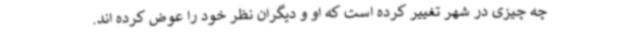
چه چیزی در شهر تغییر کرده است که او و دیگران نظر خود را عوض کرده اند.